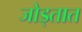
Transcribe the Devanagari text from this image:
जोड्तात